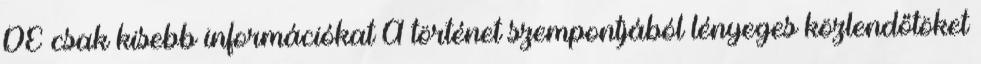
DE csak kisebb információkat A történet szempontjából lényeges közlendőtöket